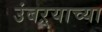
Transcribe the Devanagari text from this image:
उंबऱ्याच्या